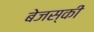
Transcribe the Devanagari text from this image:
बेजस्की